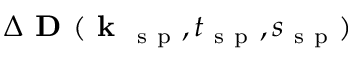
\Delta \textbf { D } ( \textbf { k } _ { \mathrm { ~ s ~ p ~ } } , t _ { \mathrm { ~ s ~ p ~ } } , s _ { \mathrm { ~ s ~ p ~ } } )